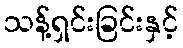
သန့်ရှင်းခြင်းနှင့်